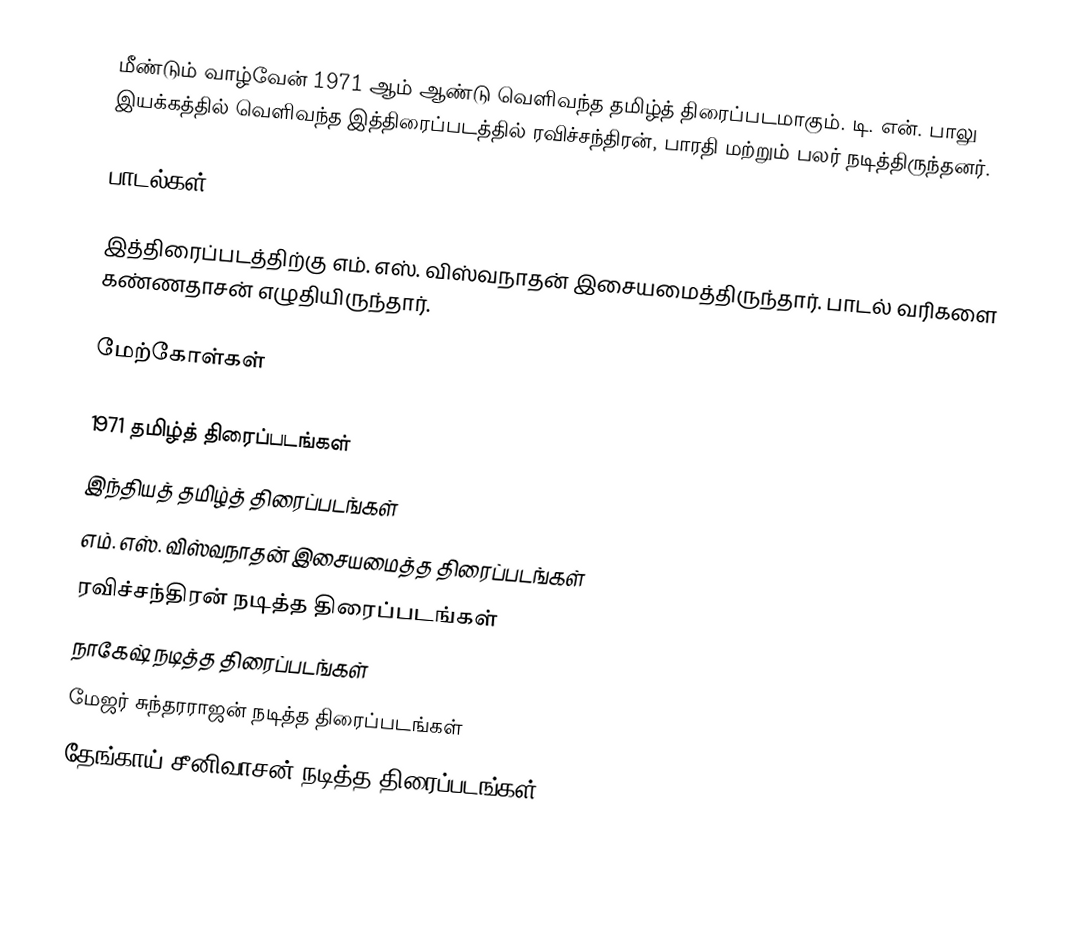
மீண்டும் வாழ்வேன் 1971 ஆம் ஆண்டு வெளிவந்த தமிழ்த் திரைப்படமாகும். டி. என். பாலு இயக்கத்தில் வெளிவந்த இத்திரைப்படத்தில் ரவிச்சந்திரன், பாரதி மற்றும் பலர் நடித்திருந்தனர்.

பாடல்கள்

இத்திரைப்படத்திற்கு எம். எஸ். விஸ்வநாதன் இசையமைத்திருந்தார். பாடல் வரிகளை கண்ணதாசன் எழுதியிருந்தார்.

மேற்கோள்கள்

1971 தமிழ்த் திரைப்படங்கள்
இந்தியத் தமிழ்த் திரைப்படங்கள்
எம். எஸ். விஸ்வநாதன் இசையமைத்த திரைப்படங்கள்
ரவிச்சந்திரன் நடித்த திரைப்படங்கள்
நாகேஷ் நடித்த திரைப்படங்கள்
மேஜர் சுந்தரராஜன் நடித்த திரைப்படங்கள்
தேங்காய் சீனிவாசன் நடித்த திரைப்படங்கள்